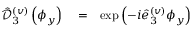
\begin{array} { r l r } { \hat { \mathcal D } _ { 3 } ^ { ( v ) } \left( \phi _ { y } \right) } & { { } = } & { \exp \left( - i \hat { e } _ { 3 } ^ { ( v ) } \phi _ { y } \right) } \end{array}